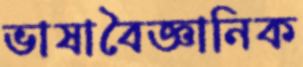
ভাষাবৈজ্ঞানিক